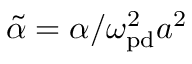
\tilde { \alpha } = \alpha / \omega _ { \mathrm { p d } } ^ { 2 } a ^ { 2 }